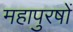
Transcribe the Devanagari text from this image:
महापुरषों